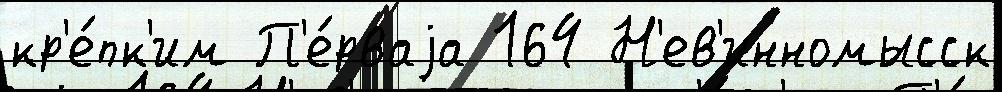
кр'е́пк'им П'е́рваjа 164 Н'ев'инномысск